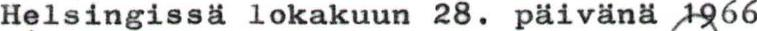
Helsingissä lokakuun 28. päivänä 1966